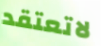
لاتعتقد